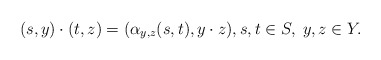
\begin{align*}(s,y)\cdot (t,z)=(\alpha_{y,z}(s,t),y\cdot z),s,t\in S,\;y,z\in Y. \end{align*}